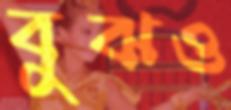
বুঝও